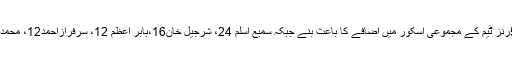
اظہر علی کے 80 رنز اور عماد وسیم کے ناقابل ِشکست 57رنز ٹیم کے مجموعی اسکور میں اضافے کا باعث بنے جبکہ سمیع اسلم 24، شرجیل خان16،بابر اعظم 12، سرفرازاحمد12، محمد رضوان6،محمدنواز13اورحسن علی9رنز بنا کر آؤٹ ہوئے۔